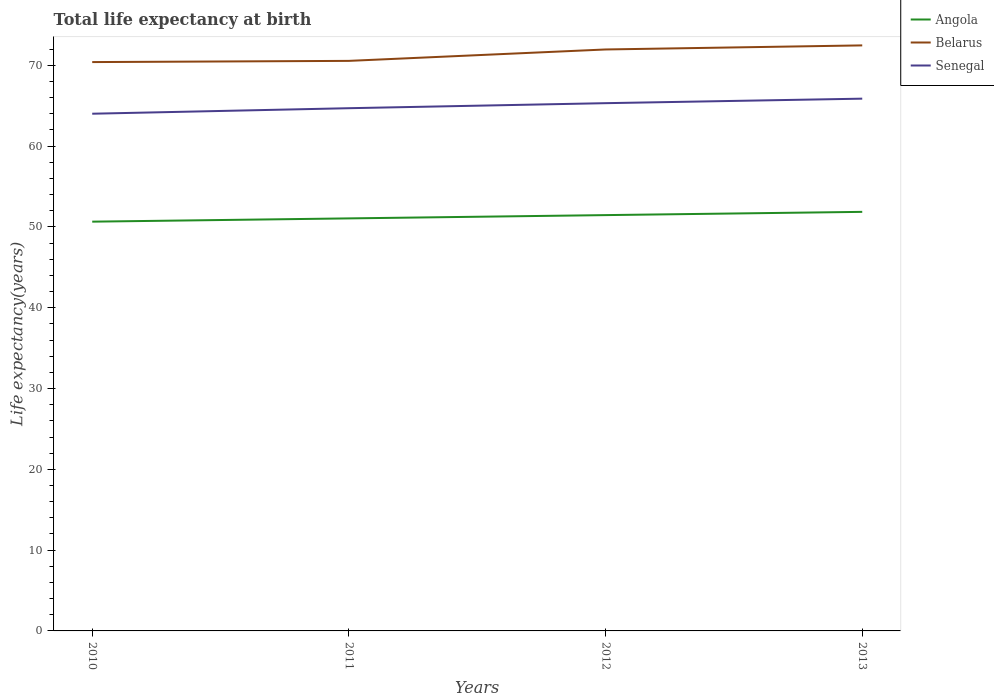
| Years | Angola | Belarus | Senegal |
 | --- | --- | --- | --- |
 | 2010 | 50.7 | 70.4 | 64 |
 | 2011 | 51.1 | 70.6 | 64.7 |
 | 2012 | 51.5 | 72 | 65.3 |
 | 2013 | 51.9 | 72.5 | 65.9 |